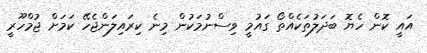
އައީ ކޮން ހެޔޮ ބަދަލުތަކެއްތޯ ގައުމީ ވިސްނުމަކުން މިނެ ކިރައިލަންޖެހޭ ކަމަށް ޖުމްހޫރީ